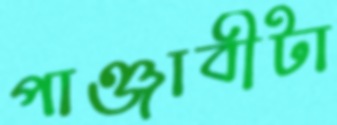
পাঞ্জাবীটা